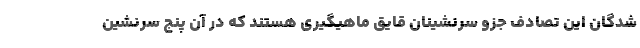
شدگان این تصادف جزو سرنشینان قایق ماهیگیری هستند که در آن پنج سرنشین